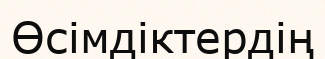
Өсімдіктердің